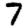
Digit: 7